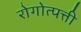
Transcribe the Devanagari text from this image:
रोगोत्पत्ती